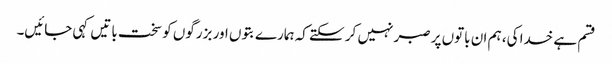
قسم ہے خدا کی، ہم ان باتوں پر صبر نہیں کر سکتے کہ ہمارے بتوں اور بزرگوں کو سخت باتیں کہی جائیں۔